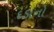
દડાનો